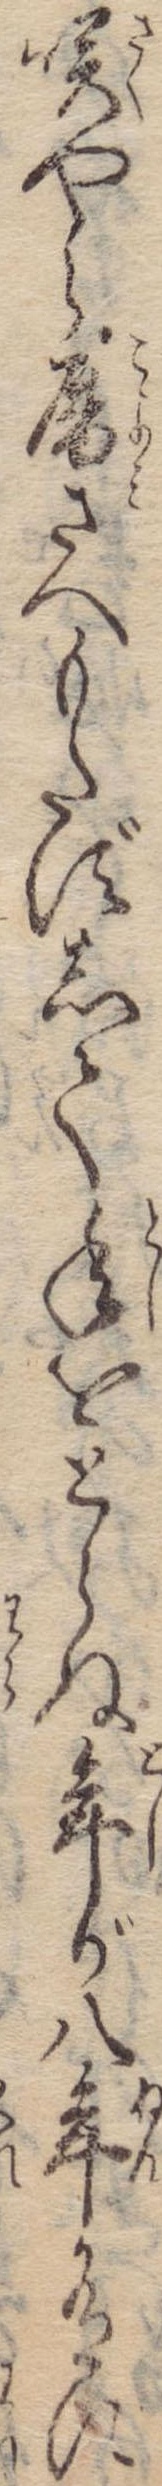
咲やら暦さへもたずして年をとらぬ年が八年有に